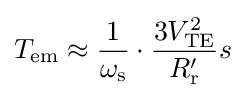
T_{\text{em}}\approx {\frac {1}{\omega _{\text{s}}}}\cdot {\frac {3V_{\text{TE}}^{2}}{R_{\text{r}}'}}s